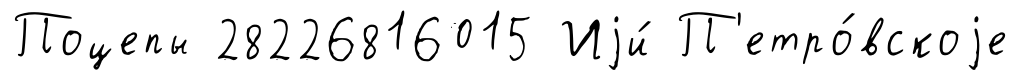
Поцепы 28226816015 Иjи́ П'етро́вскоjе